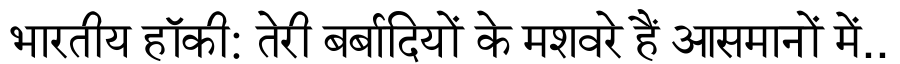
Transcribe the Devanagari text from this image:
भारतीय हॉकी: तेरी बर्बादियों के मशवरे हैं आसमानों में..